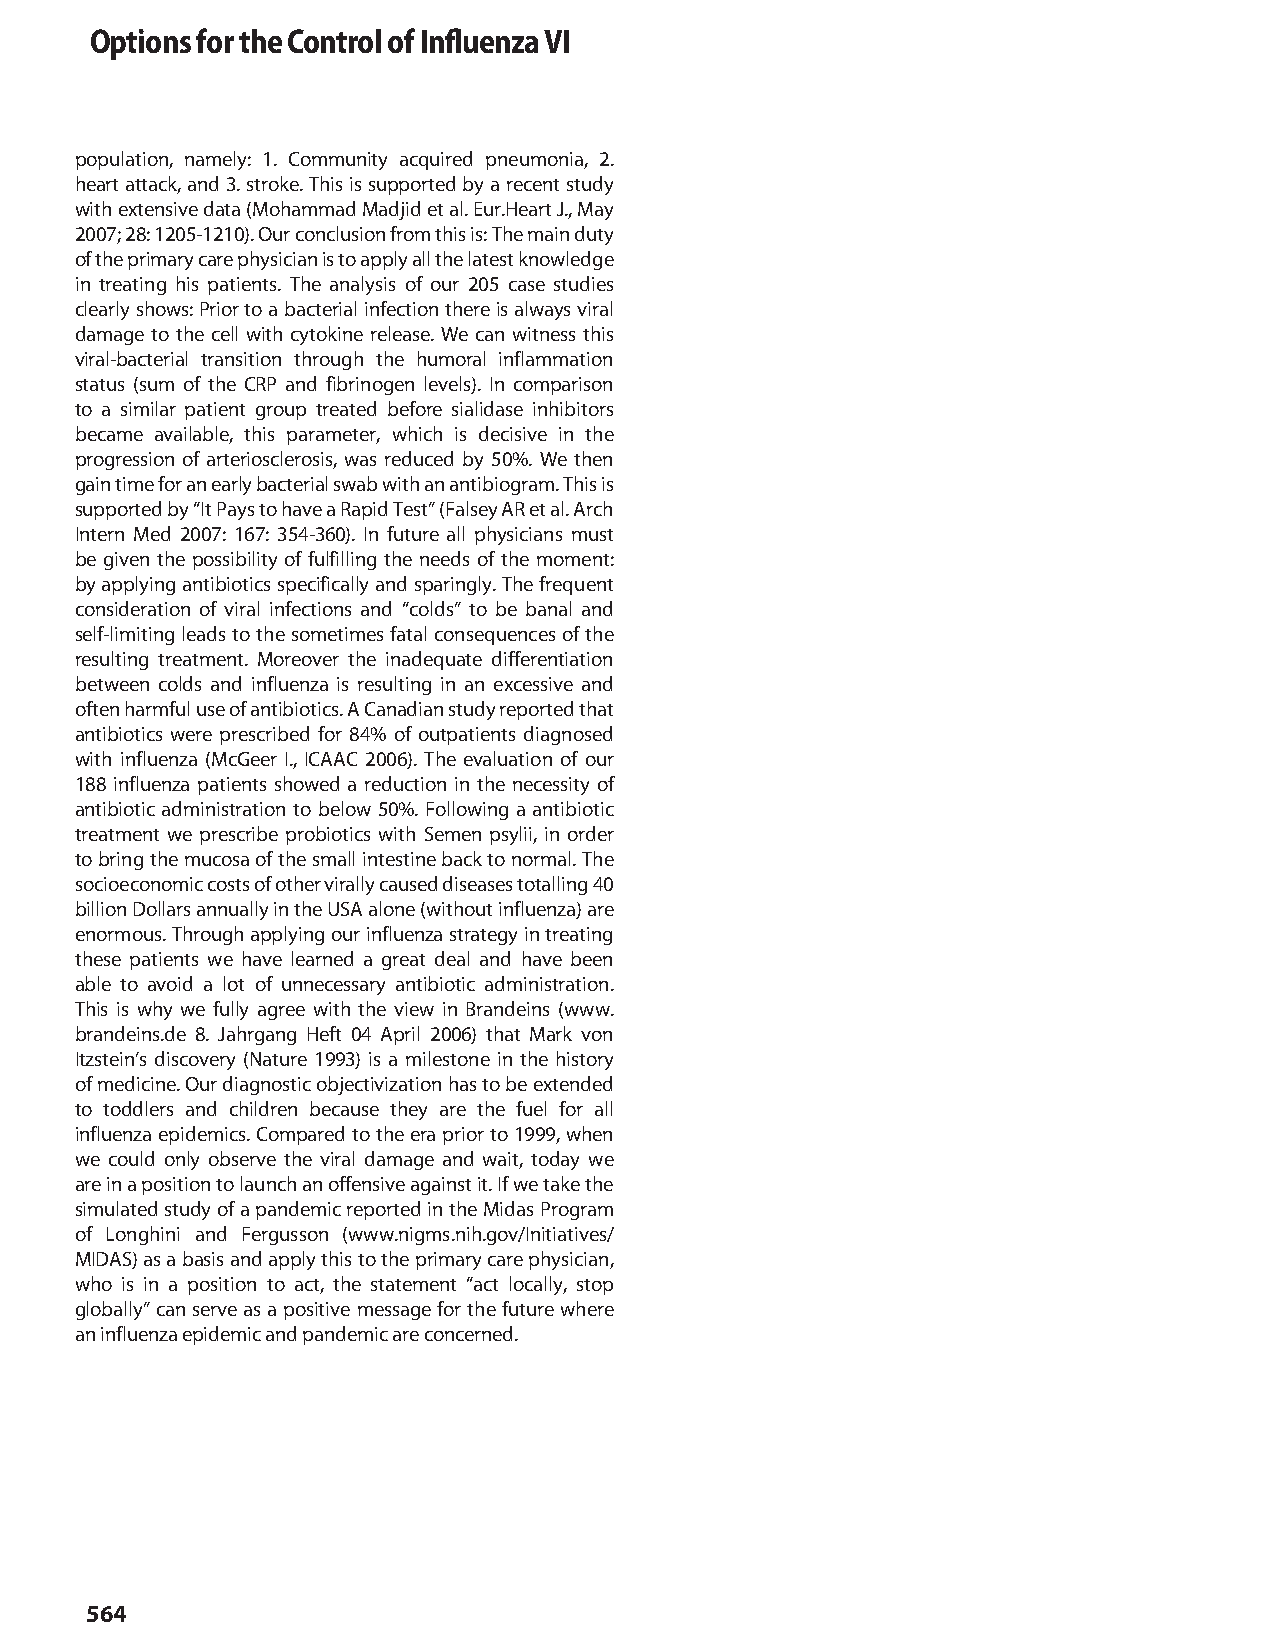
Options for the Control of Influenza VI
 population, namely: 1. Community acquired pneumonia, 2.
 heart attack, and 3. stroke. This is supported by a recent study
 with extensive data (Mohammad Madjid et al. Eur.Heart J., May
 2007; 28: 1205-1210). Our conclusion from this is: The main duty
 of the primary care physician is to apply all the latest knowledge
 in treating his patients. The analysis of our 205 case studies
 clearly shows: Prior to a bacterial infection there is always viral
 damage to the cell with cytokine release. We can witness this
 viral-bacterial transition through the humoral inflammation
 status (sum of the CRP and fibrinogen levels). In comparison
 to a similar patient group treated before sialidase inhibitors
 became available, this parameter, which is decisive in the
 progression of arteriosclerosis, was reduced by 50%. We then
 gain time for an early bacterial swab with an antibiogram. This is
 supported by “It Pays to have a Rapid Test” (Falsey AR et al. Arch
 Intern Med 2007: 167: 354-360). In future all physicians must
 be given the possibility of fulfilling the needs of the moment:
 by applying antibiotics specifically and sparingly. The frequent
 consideration of viral infections and “colds” to be banal and
 self-limiting leads to the sometimes fatal consequences of the
 resulting treatment. Moreover the inadequate differentiation
 between colds and influenza is resulting in an excessive and
 often harmful use of antibiotics. A Canadian study reported that
 antibiotics were prescribed for 84% of outpatients diagnosed
 with influenza (McGeer I., ICAAC 2006). The evaluation of our
 188 influenza patients showed a reduction in the necessity of
 antibiotic administration to below 50%. Following a antibiotic
 treatment we prescribe probiotics with Semen psylii, in order
 to bring the mucosa of the small intestine back to normal. The
 socioeconomic costs of other virally caused diseases totalling 40
 billion Dollars annually in the USA alone (without influenza) are
 enormous. Through applying our influenza strategy in treating
 these patients we have learned a great deal and have been
 able to avoid a lot of unnecessary antibiotic administration.
 This is why we fully agree with the view in Brandeins (www.
 brandeins.de 8. Jahrgang Heft 04 April 2006) that Mark von
 Itzstein’s discovery (Nature 1993) is a milestone in the history
 of medicine. Our diagnostic objectivization has to be extended
 to toddlers and children because they are the fuel for all
 influenza epidemics. Compared to the era prior to 1999, when
 we could only observe the viral damage and wait, today we
 are in a position to launch an offensive against it. If we take the
 simulated study of a pandemic reported in the Midas Program
 of Longhini and Fergusson (www.nigms.nih.gov/Initiatives/
 MIDAS) as a basis and apply this to the primary care physician,
 who is in a position to act, the statement “act locally, stop
 globally” can serve as a positive message for the future where
 an influenza epidemic and pandemic are concerned.
 564